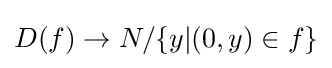
D(f)\to N/\{y|(0,y)\in f\}